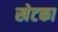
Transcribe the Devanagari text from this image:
खेटका